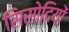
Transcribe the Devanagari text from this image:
सिसोदियों